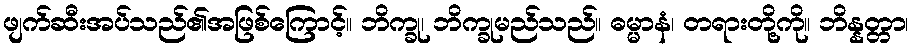
ဖျက်ဆီးအပ်သည်၏အဖြစ်ကြောင့်။ ဘိက္ခု၊ ဘိက္ခုမည်သည်။ ဓမ္မာနံ၊ တရားတို့ကို။ ဘိန္နတ္တာ၊